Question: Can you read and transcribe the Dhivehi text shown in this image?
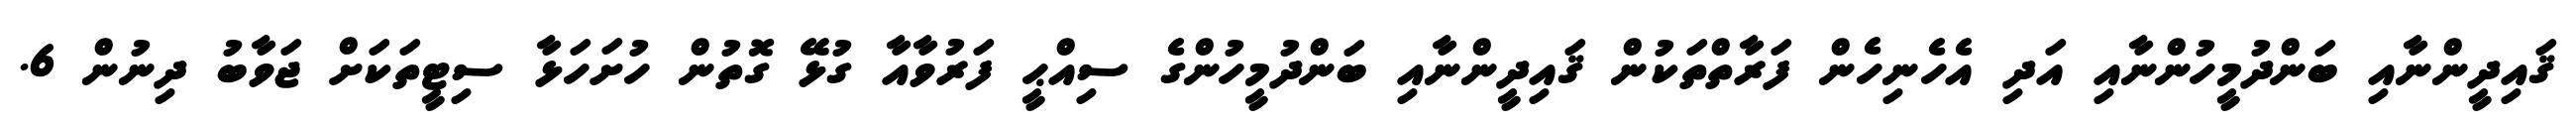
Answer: ޤައިދީންނާއި ބަންދުމީހުންނާއި އަދި އެހެނިހެން ފަރާތްތަކުން ޤައިދީންނާއި ބަންދުމީހުންގެ ސިއްޙީ ފަރުވާއާ ގުޅޭ ގޮތުން ހުށަހަޅާ ސިޓީތަކަށް ޖަވާބު ދިނުން 6.